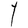
Character: Y